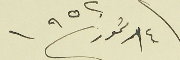
١٤ / تموز /١٩٥٢